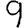
Digit: 9